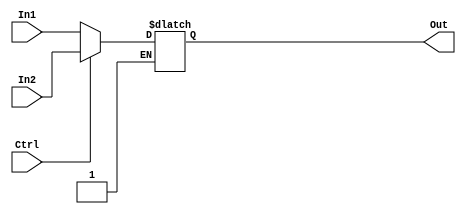
`timescale 1ns / 1ps
//////////////////////////////////////////////////////////////////////////////////
// Company: 
// Engineer: 
// 
// Design Name: 
// Module Name:    MUX5 
// Project Name: 
// Target Devices: 
// Tool versions: 
// Description: 
//
// Dependencies: 
//
// Revision: 
// Revision 0.01 - File Created
// Additional Comments: 
//
//////////////////////////////////////////////////////////////////////////////////
module MUX5 (In1, In2, Ctrl, Out);
input [4:0] In1, In2; 
input Ctrl; 
output [4:0] Out;
reg[4:0]Out;
always@(*)begin
if (Ctrl)
begin
Out <= In2;
end
else if(!Ctrl)
begin
Out <= In1;
end
end
endmodule